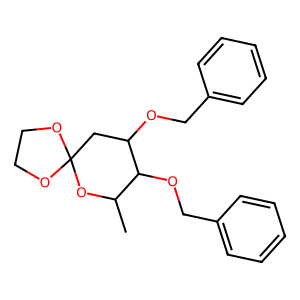
SMILES: CC1OC2(CC(OCc3ccccc3)C1OCc1ccccc1)OCCO2
Inhibits HIV replication: No